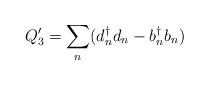
LaTeX: \begin{align*}Q'_3 = {\sum_n} (d_n ^\dagger d_n - b _n ^\dagger b_n )\end{align*}